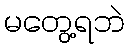
မတွေ့ရဘဲ